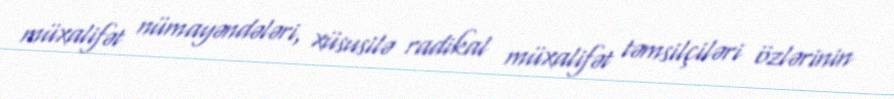
müxalifət nümayəndələri, xüsusilə radikal müxalifət təmsilçiləri özlərinin